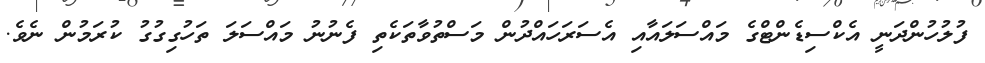
ފުލުހުންދަނީ އެކްސިޑެންޓްގެ މައްސަލައާއި އެސަރަހައްދުން މަސްތުވާތަކެތި ފެނުނު މައްސަލަ ތަހުގިގުގު ކުރަމުން ނެވެ.